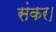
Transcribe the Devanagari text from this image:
संकर।